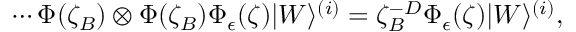
\cdots \Phi ( \zeta _ { B } ) \otimes \Phi ( \zeta _ { B } ) \Phi _ { \epsilon } ( \zeta ) | W \rangle ^ { ( i ) } = \zeta _ { B } ^ { - D } \Phi _ { \epsilon } ( \zeta ) | W \rangle ^ { ( i ) } ,